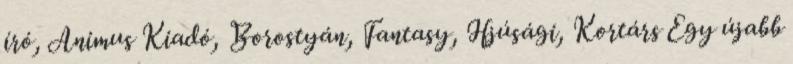
író, Animus Kiadó, Borostyán, Fantasy, Ifjúsági, Kortárs Egy újabb